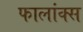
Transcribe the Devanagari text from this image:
फालांक्स